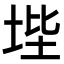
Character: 㙄